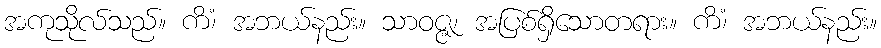
အကုသိုလ်သည်။ ကိံ၊ အဘယ်နည်း။ သာဝဇ္ဇ၊ အပြစ်ရှိသောတရား။ ကိံ၊ အဘယ်နည်း။